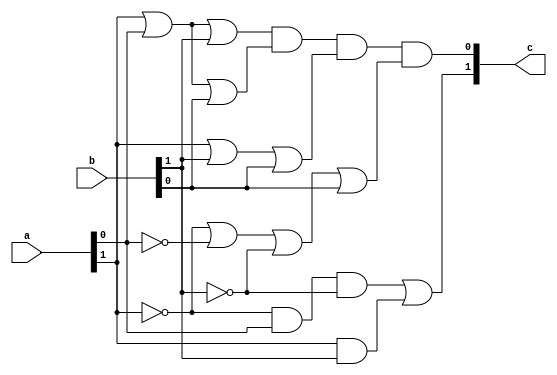
`timescale 1ns / 1ns
module source(c, a, b);

input wire [1:0] a; // 2 bit
input wire [1:0] b; // 2 bit
output wire [1:0] c; // 2 bit

// Fill here for the gates

wire not_p;
wire not_q;
wire not_r;

wire not_pqnot_r_and;
wire pr_and;

wire pqr_or;
wire pqs_or;
wire prs_or;
wire not_pnot_qnot_rs_or;

not(not_p, a[1]);
not(not_q, a[0]);
not(not_r, b[1]);

and(not_pqnot_r_and, not_p, a[0], not_r);
and(pr_and, a[1], b[1]);

or(pqr_or, a[1], a[0], b[1]);
or(pqs_or, a[1], a[0], b[0]);
or(prs_or, a[1], b[1], b[0]);
or(not_pnot_qnot_rs_or, not_p, not_q, not_r, b[0]);

or(c[1], not_pqnot_r_and, pr_and);
and(c[0], pqr_or, pqs_or, prs_or, not_pnot_qnot_rs_or);

endmodule